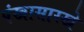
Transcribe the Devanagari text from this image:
पंखासारखे